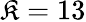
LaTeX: \mathfrak{K}=13